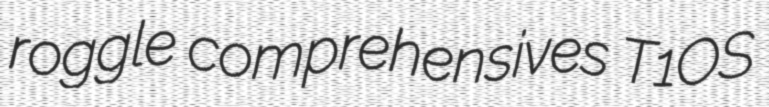
roggle comprehensives T1OS